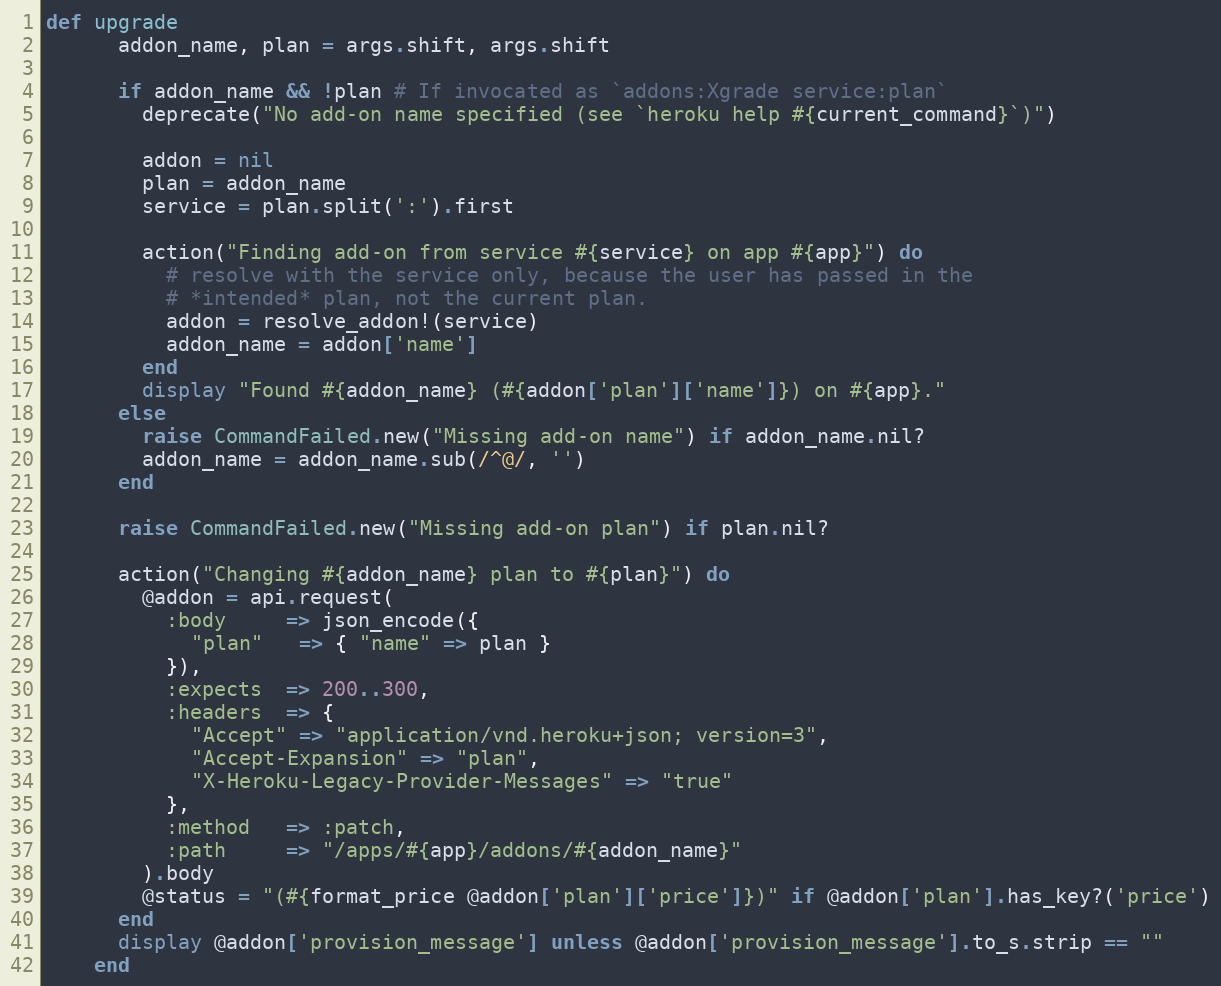
Language: Ruby
def upgrade
      addon_name, plan = args.shift, args.shift

      if addon_name && !plan # If invocated as `addons:Xgrade service:plan`
        deprecate("No add-on name specified (see `heroku help #{current_command}`)")

        addon = nil
        plan = addon_name
        service = plan.split(':').first

        action("Finding add-on from service #{service} on app #{app}") do
          # resolve with the service only, because the user has passed in the
          # *intended* plan, not the current plan.
          addon = resolve_addon!(service)
          addon_name = addon['name']
        end
        display "Found #{addon_name} (#{addon['plan']['name']}) on #{app}."
      else
        raise CommandFailed.new("Missing add-on name") if addon_name.nil?
        addon_name = addon_name.sub(/^@/, '')
      end

      raise CommandFailed.new("Missing add-on plan") if plan.nil?

      action("Changing #{addon_name} plan to #{plan}") do
        @addon = api.request(
          :body     => json_encode({
            "plan"   => { "name" => plan }
          }),
          :expects  => 200..300,
          :headers  => {
            "Accept" => "application/vnd.heroku+json; version=3",
            "Accept-Expansion" => "plan",
            "X-Heroku-Legacy-Provider-Messages" => "true"
          },
          :method   => :patch,
          :path     => "/apps/#{app}/addons/#{addon_name}"
        ).body
        @status = "(#{format_price @addon['plan']['price']})" if @addon['plan'].has_key?('price')
      end
      display @addon['provision_message'] unless @addon['provision_message'].to_s.strip == ""
    end